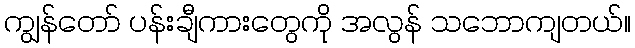
ကျွန်တော် ပန်းချီကားတွေကို အလွန် သဘောကျတယ်။